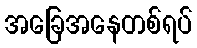
အခြေအနေတစ်ရပ်